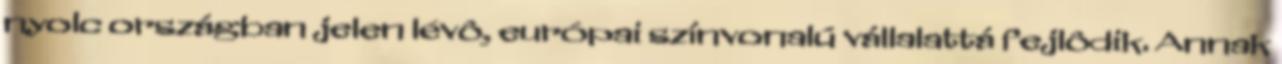
nyolc országban jelen lévô, európai színvonalú vállalattá fejlôdik. Annak